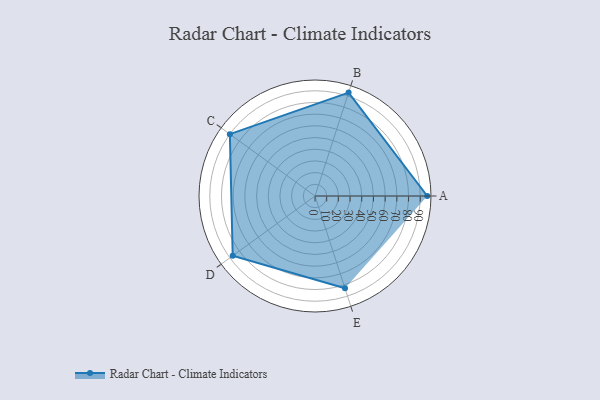
{"axis": {"x": "Skill", "y": "Score"}, "legend": ["Profile"], "data": [{"x": "A", "y": 96.0, "type": "Profile"}, {"x": "B", "y": 93.0, "type": "Profile"}, {"x": "C", "y": 90.0, "type": "Profile"}, {"x": "D", "y": 87.0, "type": "Profile"}, {"x": "E", "y": 83.0, "type": "Profile"}]}